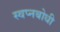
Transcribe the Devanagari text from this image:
स्वप्नबोधी